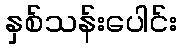
နှစ်သန်းပေါင်း